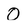
Character: O